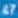
47